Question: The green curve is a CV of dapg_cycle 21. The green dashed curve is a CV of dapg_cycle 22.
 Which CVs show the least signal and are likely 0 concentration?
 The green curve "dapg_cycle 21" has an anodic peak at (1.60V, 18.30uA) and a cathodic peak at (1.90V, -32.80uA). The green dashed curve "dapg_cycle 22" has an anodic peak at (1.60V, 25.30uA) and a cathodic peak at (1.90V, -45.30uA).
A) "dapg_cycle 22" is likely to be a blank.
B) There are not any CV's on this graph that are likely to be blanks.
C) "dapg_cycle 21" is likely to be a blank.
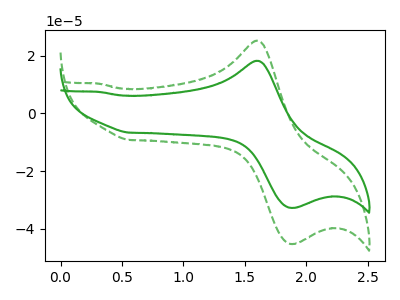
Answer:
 <answer>B) There are not any CV's on this graph that are likely to be blanks.</answer>
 <eval>B</eval>